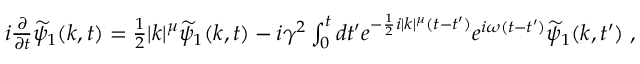
\begin{array} { r } { i \frac { \partial } { \partial t } \widetilde { \psi } _ { 1 } ( k , t ) = \frac { 1 } { 2 } | k | ^ { \mu } \widetilde { \psi } _ { 1 } ( k , t ) - i \gamma ^ { 2 } \int _ { 0 } ^ { t } d t ^ { \prime } e ^ { - \frac { 1 } { 2 } i | k | ^ { \mu } ( t - t ^ { \prime } ) } e ^ { i \omega ( t - t ^ { \prime } ) } \widetilde { \psi } _ { 1 } ( k , t ^ { \prime } ) \; , } \end{array}